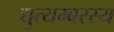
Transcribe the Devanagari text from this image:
द्युत्यम्बरस्य